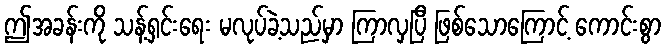
ဤအခန်းကို သန့်ရှင်းရေး မလုပ်ခဲ့သည်မှာ ကြာလှပြီ ဖြစ်သောကြောင့် ကောင်းစွာ